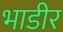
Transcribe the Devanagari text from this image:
भाडीर